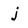
Character: j